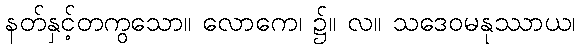
နတ်နှင့်တကွသော။ လောကေ၊ ၌။ လ။ သဒေဝမနုဿာယ၊